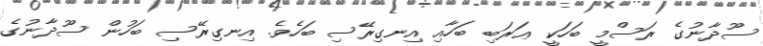
ސޫދާނުގެ ރަސްމީ ބަހަކީ ޢަރަބި ބަހާއި އިނގިރޭސި ބަހެވެ. އިނގިރޭސި ބަހުން ސޫދާނުގެ